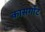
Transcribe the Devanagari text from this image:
कासर्गोट